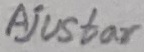
Text: Ajustar